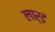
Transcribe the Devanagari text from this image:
लार्डं